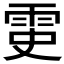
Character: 𩂝